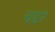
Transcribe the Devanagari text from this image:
चद्दरे